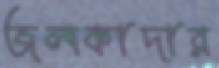
জলকাদার